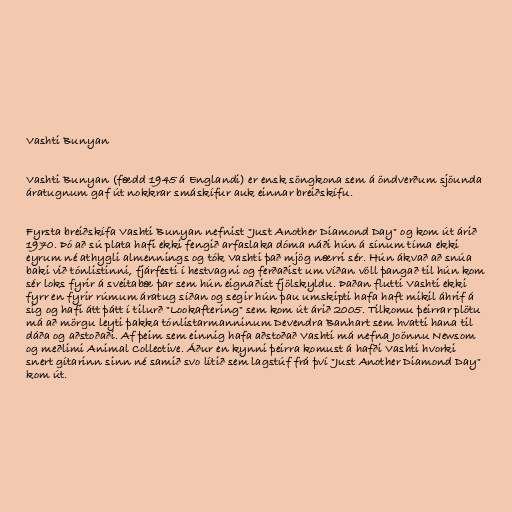
Vashti Bunyan

Vashti Bunyan (fædd 1945 á Englandi) er ensk söngkona sem á öndverðum sjöunda
áratugnum gaf út nokkrar smáskífur auk einnar breiðskífu.

Fyrsta breiðskífa Vashti Bunyan nefnist "Just Another Diamond Day" og kom út árið
1970. Þó að sú plata hafi ekki fengið arfaslaka dóma náði hún á sínum tíma ekki
eyrum né athygli almennings og tók Vashti það mjög nærri sér. Hún ákvað að snúa
baki við tónlistinni, fjárfesti í hestvagni og ferðaðist um víðan völl þangað til hún kom
sér loks fyrir á sveitabæ þar sem hún eignaðist fjölskyldu. Þaðan flutti Vashti ekki
fyrr en fyrir rúmum áratug síðan og segir hún þau umskipti hafa haft mikil áhrif á
sig og hafi átt þátt í tilurð "Lookaftering" sem kom út árið 2005. Tilkomu þeirrar plötu
má að mörgu leyti þakka tónlistarmanninum Devendra Banhart sem hvatti hana til
dáða og aðstoðaði. Af þeim sem einnig hafa aðstoðað Vashti má nefna Joönnu Newsom
og meðlimi Animal Collective. Áður en kynni þeirra komust á hafði Vashti hvorki
snert gítarinn sinn né samið svo lítið sem lagstúf frá því "Just Another Diamond Day"
kom út.